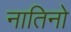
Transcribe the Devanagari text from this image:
नातिनो